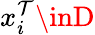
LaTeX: x_{i}^{\mathcal{T}}\inD